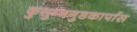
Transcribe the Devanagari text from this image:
कुसुम्भगुडकार्पास